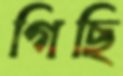
গিছি